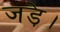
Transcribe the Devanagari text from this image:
जड़े।